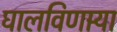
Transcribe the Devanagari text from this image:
घालविणार्‍या